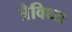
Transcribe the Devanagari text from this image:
त्रैविध्य